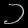
Digit: ၁